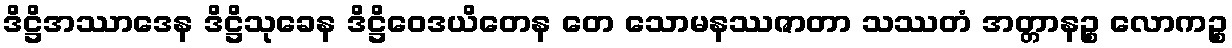
ဒိဋ္ဌိအဿာဒေန ဒိဋ္ဌိသုခေန ဒိဋ္ဌိဝေဒယိတေန တေ သောမနဿဇာတာ သဿတံ အတ္တာနဉ္စ လောကဉ္စ